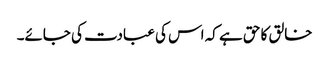
خالق کا حق ہے کہ اس کی عبادت کی جائے۔